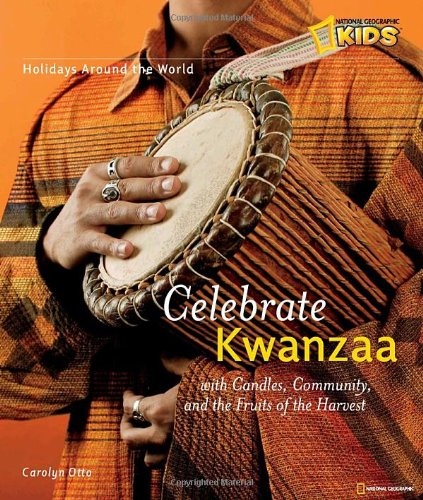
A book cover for Holidays Around the World: Celebrate Kwanzaa: With Candles, Community, and the Fruits of the Harvest; Carolyn B. Otto; Children's Books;